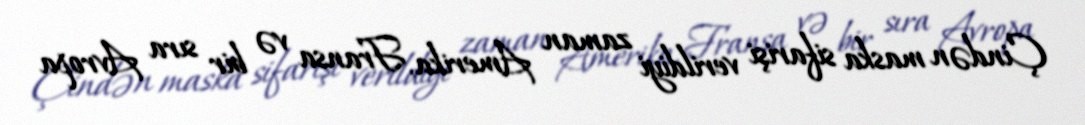
Çindən maska sifarişi verildiyi zaman Amerika, Fransa və bir sıra Avropa